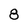
Character: 8